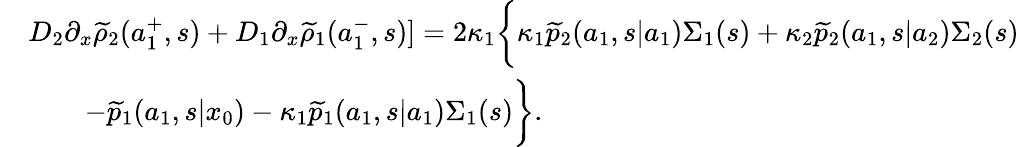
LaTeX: \begin{array}{rl}&{D_{2}\partial_{x}\widetilde{\rho}_{2}(a_{1}^{+},s)+D_{1}\partial_{x}\widetilde{\rho}_{1}(a_{1}^{-},s)]=2\kappa_{1}\bigg\{ \kappa_{1}\widetilde{p}_{2}(a_{1},s|a_{1})\Sigma_{1}(s)+\kappa_{2}\widetilde{p}_{2}(a_{1},s|a_{2})\Sigma_{2}(s)}\\ &{\qquad-\widetilde{p}_{1}(a_{1},s|x_{0})-\kappa_{1}\widetilde{p}_{1}(a_{1},s|a_{1})\Sigma_{1}(s)\bigg\} .}\end{array}